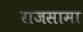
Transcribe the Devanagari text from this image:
राजसामा